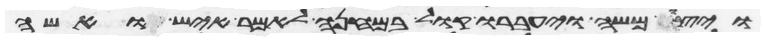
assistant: ויצו משה ויעברו קול במחנה לאמר איש ואשה